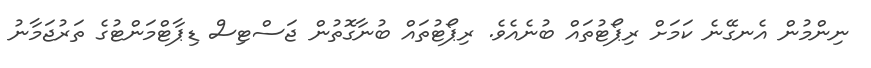
ނިންމުން އެނގޭނެ ކަމަށް ރިޕޯޓުތައް ބުނެއެވެ. ރިޕޯޓުތައް ބުނާގޮތުން ޖަސްޓިސް ޑިޕާޓްމަންޓުގެ ތަރުޖަމާނު